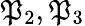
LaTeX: \mathfrak{P}_{2},\mathfrak{P}_{3}